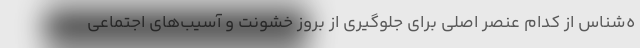
ه‌شناس از کدام عنصر اصلی برای جلوگیری از بروز خشونت و آسیب‌های اجتماعی